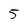
Character: 5